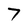
Character: 7